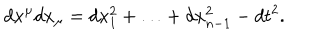
d x ^ { \mu } d x _ { \mu } = d x _ { 1 } ^ { 2 } + \ldots + d x _ { n - 1 } ^ { 2 } - d t ^ { 2 } .